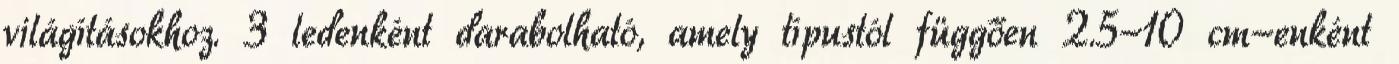
világításokhoz. 3 ledenként darabolható, amely típustól függően 2.5-10 cm-enként